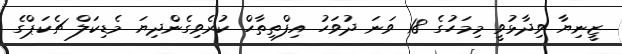
ޒީނިޔާ ވިދާޅުވީ މިމަހުގެ 18 ވަނަ ދުވަހު އިފްތިތާހް ކުރެވިގެންދިޔަ މެޑިކަލް ޗެކަޕްގެ